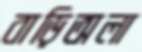
বাড়িঅলা